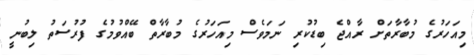
މިއަހަރުގެ މުބާރާތަށް ރާއްޖެ ބިޑުކުރި ނަމަވެސް މިއަހަރުގެ މުބާރާތް ބޭއްވުމުގެ ފުރުސަތު ލިބުނީ